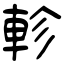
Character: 軫